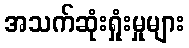
အသက်ဆုံးရှုံးမှုများ